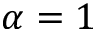
\alpha = 1